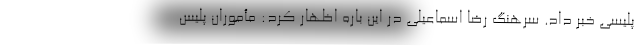
پلیسی خبر داد. سرهنگ رضا اسماعیلی در این باره اظهار کرد: مأموران پلیس